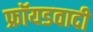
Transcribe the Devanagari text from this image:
फ्रॉयडवादी